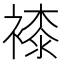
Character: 𧜝